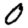
Digit: 0